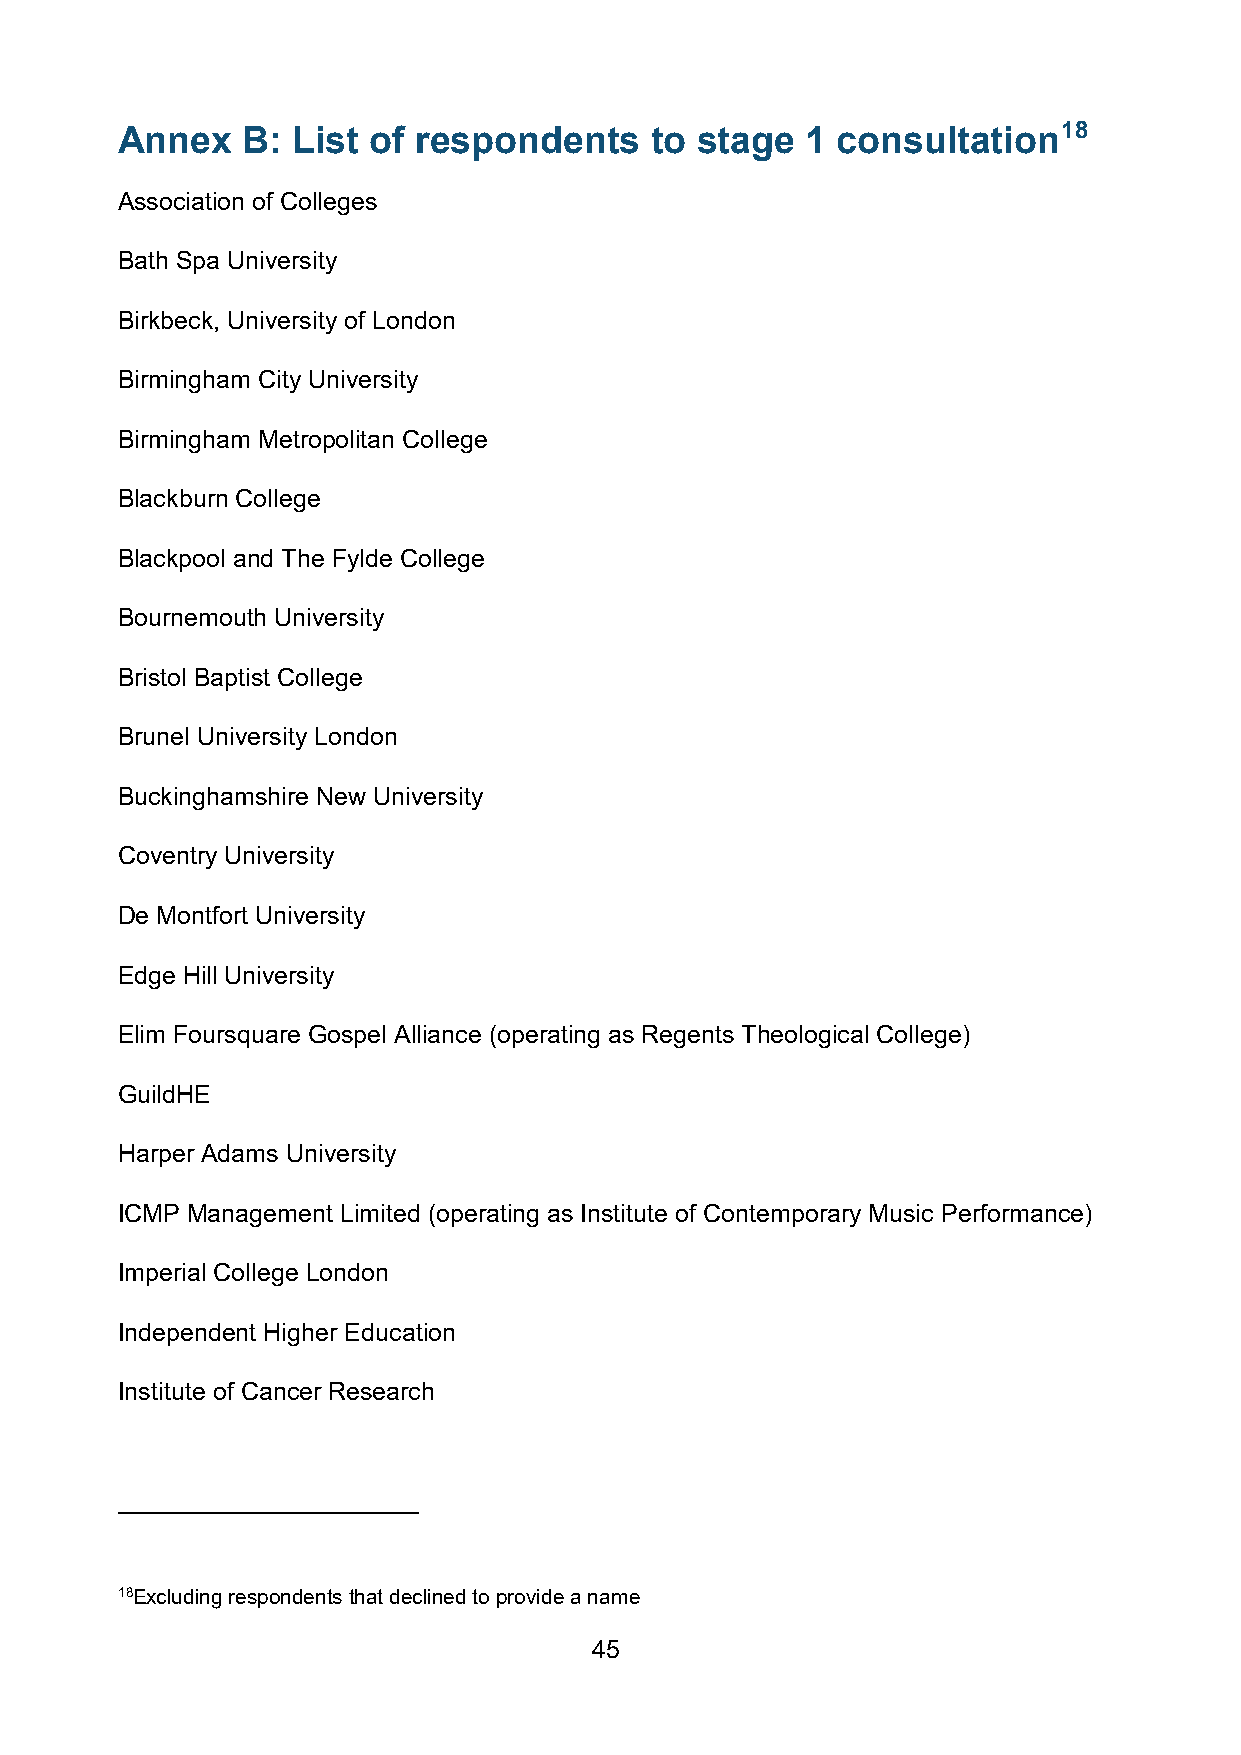
Annex   B: List of  respondents    to stage  1 consultation18
 Association of Colleges
 Bath Spa University
 Birkbeck, University of London
 Birmingham City University
 Birmingham Metropolitan College
 Blackburn College
 Blackpool and The Fylde College
 Bournemouth University
 Bristol Baptist College
 Brunel University London
 Buckinghamshire New University
 Coventry University
 De Montfort University
 Edge Hill University
 Elim Foursquare Gospel Alliance (operating as Regents Theological College)
 GuildHE
 Harper Adams University
 ICMP Management Limited (operating as Institute of Contemporary Music Performance)
 Imperial College London
 Independent Higher Education
 Institute of Cancer Research
 18Excluding respondents that declined to provide a name
 45